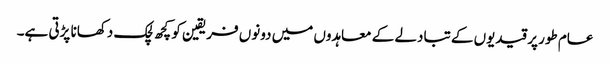
عام طور پر قیدیوں کے تبادلے کے معاہدوں میں دونوں فریقین کو کچھ لچک دکھانا پڑتی ہے۔